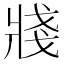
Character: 𤖆